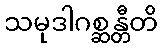
သမုဒါဂစ္ဆန္တီတိ